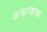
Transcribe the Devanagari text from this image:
शशाङ्क